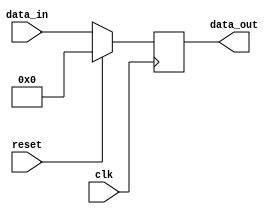
module parallel_reg (data_in, clk, reset, data_out);
  parameter WIDTH = 32;
  input [WIDTH-1:0] data_in;
  input clk, reset;
  output [WIDTH-1:0] data_out;
  
  wire [WIDTH-1:0] data_in;
  wire clk, reset;
  reg [WIDTH-1:0] data_out;

  always @(posedge clk) begin
    if (reset) data_out <= 0;
    else data_out <= data_in;
  end

endmodule